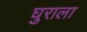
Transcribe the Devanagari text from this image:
घुराला